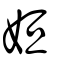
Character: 姮